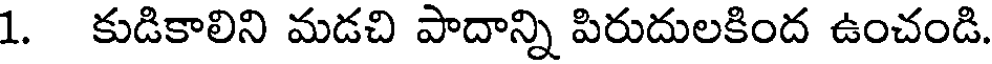
1. కుడికాలిని మడచి పాదాన్ని పిరుదులకింద ఉంచండి.